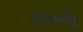
ડાઘાની